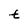
Character: t